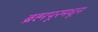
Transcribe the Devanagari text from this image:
ब्रह्मपूरमधून